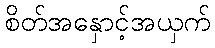
စိတ်အနှောင့်အယှက်